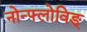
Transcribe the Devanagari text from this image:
नोन्फ्लोविङ्